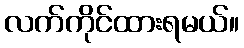
လက်ကိုင်ထားရမယ်။